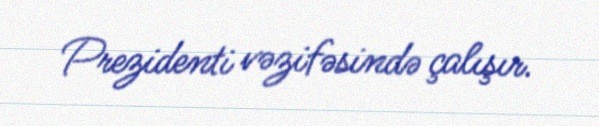
Prezidenti vəzifəsində çalışır.